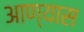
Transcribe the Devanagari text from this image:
आण्यास